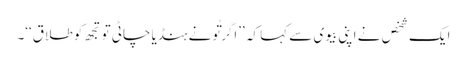
ایک شخص نے اپنی بیوی سے کہا کہ ’’اگر تُونے ہنڈیا چاٹی تو تجھ کو طلاق‘‘۔